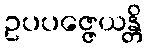
ဥပပဇ္ဇေယန္တိ